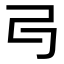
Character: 𠃚